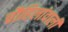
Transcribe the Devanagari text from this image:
चौहिलांवाली